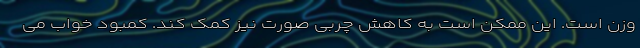
وزن است. این ممکن است به کاهش چربی صورت نیز کمک کند. کمبود خواب می